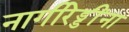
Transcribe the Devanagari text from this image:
नागीरेड्डींना